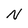
Character: N